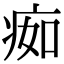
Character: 㾒